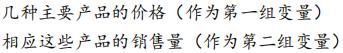
几种主要产品的价格（作为第一组变量）相应这些产品的销售量（作为第二组变量）